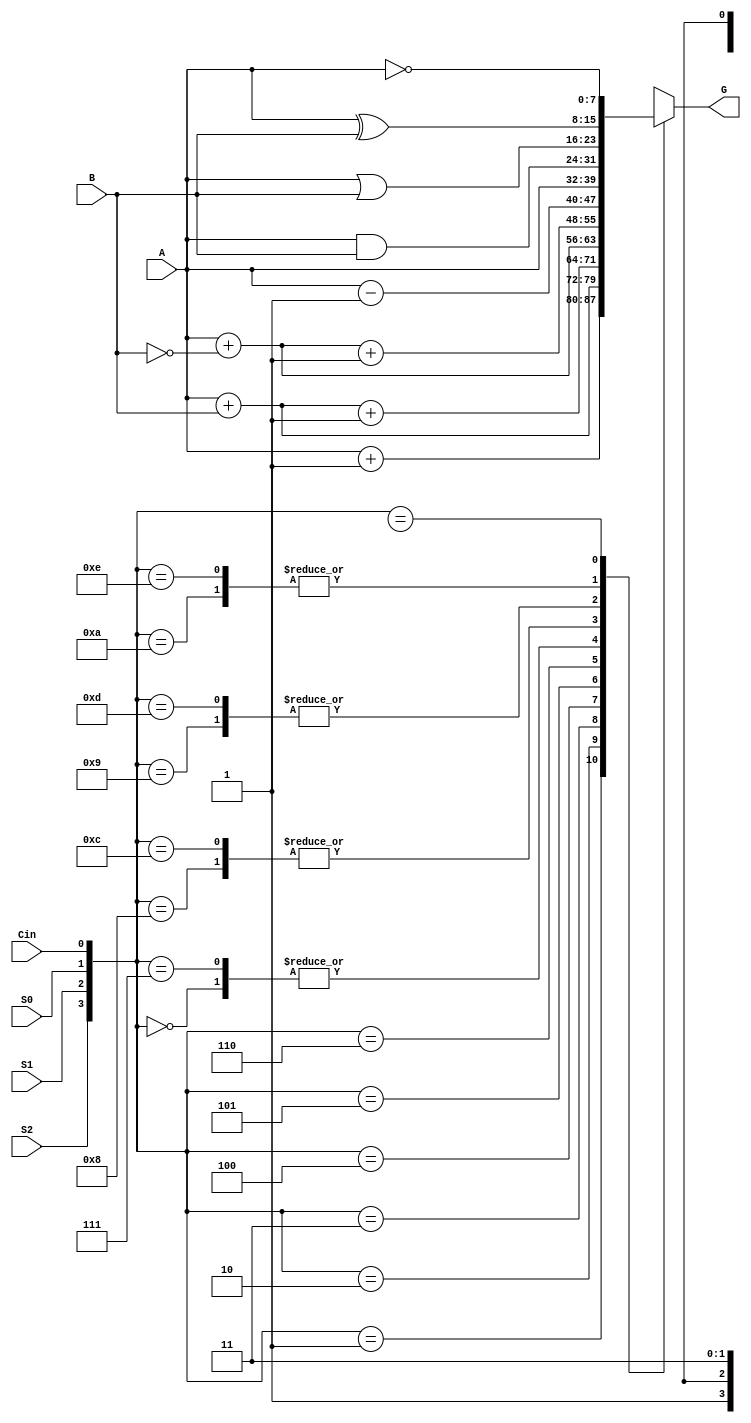
module LAB09(G,A,B,Cin,S0,S1,S2);
input [7:0] A;
input [7:0] B;
input Cin;
input S0;
input S1;
input S2;

output [7:0] G;

reg [7:0] G;

always @(*)begin
	case({S2,S1,S0,Cin})
	4'b0000:
		G=A;
	4'b0001:
		G=A+1;
	4'b0010:
		G=A+B;
	4'b0011:
		G=A+B+1;
	4'b0100:
		G=A+~B;
	4'b0101:
		G=A+~B+1;
	4'b0110:
		G=A-1;
	4'b0111:
		G=A;
	4'b1000:
		G=A&B;
	4'b1100:
		G=A&B;	
	4'b1001:
		G=A|B;
	4'b1101:
		G=A|B;
	4'b1010:
		G=A^B;
	4'b1110:
		G=A^B;
	4'b1x11:
		G=~A;
	4'b1111:
		G=~A;
	endcase
end 
endmodule